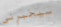
سيخبرني